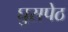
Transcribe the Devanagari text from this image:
घुसपेठ